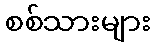
စစ်သားများ